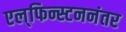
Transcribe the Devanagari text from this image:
एल्‌फिन्स्टननंतर